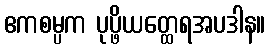
ဧကစမ္ပက ပုပ္ဖိယတ္ထေရအပဒါန။